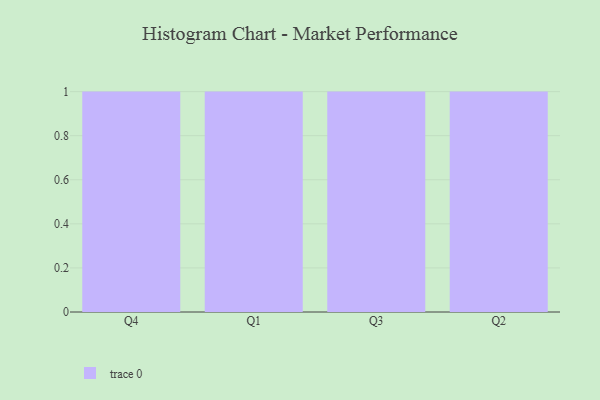
{"axis": {"x": "Quarter", "y": "Energy Usage (MWh)"}, "legend": [""], "data": [{"x": "Q4", "y": 92, "type": ""}, {"x": "Q1", "y": 5, "type": ""}, {"x": "Q3", "y": 80, "type": ""}, {"x": "Q2", "y": 17, "type": ""}]}